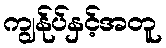
ကျွန်ုပ်နှင့်အတူ